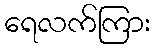
ရေလက်ကြား